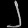
Digit: ၂